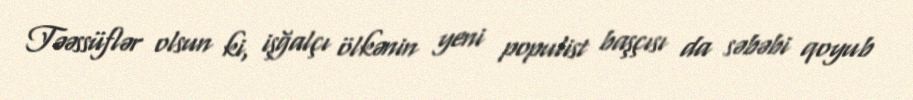
Təəssüflər olsun ki, işğalçı ölkənin yeni populist başçısı da səbəbi qoyub